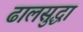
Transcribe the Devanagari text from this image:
ढालसुद्धा